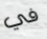
في